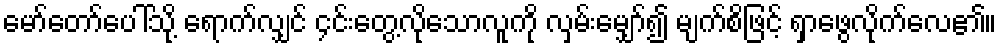
မော်တော်ပေါ်သို့ ရောက်လျှင် ၄င်းတွေ့လိုသောလူကို လှမ်းမျှော်၍ မျက်စိဖြင့် ရှာဖွေလိုက်လေ၏။